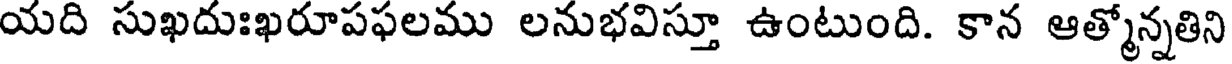
యది సుఖదుఃఖరూపఫలము లనుభవిస్తూ ఉంటుంది. కాన ఆత్మోన్నతిని